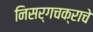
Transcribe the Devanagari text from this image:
निसर्गचक्राचे